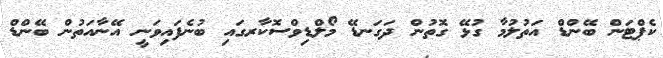
ކެޕްޓަން ބޭންޑް އަތުލުމާ ގުޅޭ ގޮތުން ދަގަނޑޭ މޯލްޑިވްސޮކާރގައި ބުނެފައިވަނީ އޭނާއަތުން ބޭންޑް